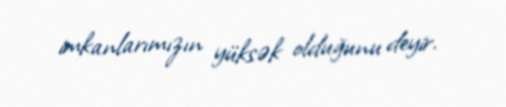
imkanlarımızın yüksək olduğunu deyir.